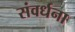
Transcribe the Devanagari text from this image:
संवर्धना